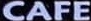
CAFE